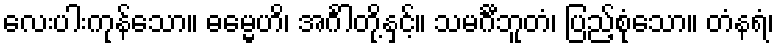
လေးပါးကုန်သော။ ဓမ္မေဟိ၊ အင်္ဂါတို့နှင့်။ သမင်္ဂီဘူတံ၊ ပြည့်စုံသော။ တံနရံ၊